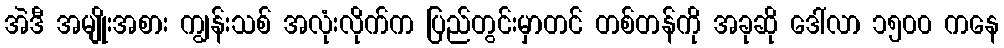
အဲဒီ အမျိုးအစား ကျွန်းသစ် အလုံးလိုက်က ပြည်တွင်းမှာတင် တစ်တန်ကို အခုဆို ဒေါ်လာ ၁၅၀၀ ကနေ